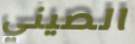
الصيني